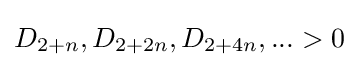
D_{2+n},D_{2+2n},D_{2+4n},...>0